Vaccination in the Punjab 1897-1904 - 1897-1904
Year: 1897
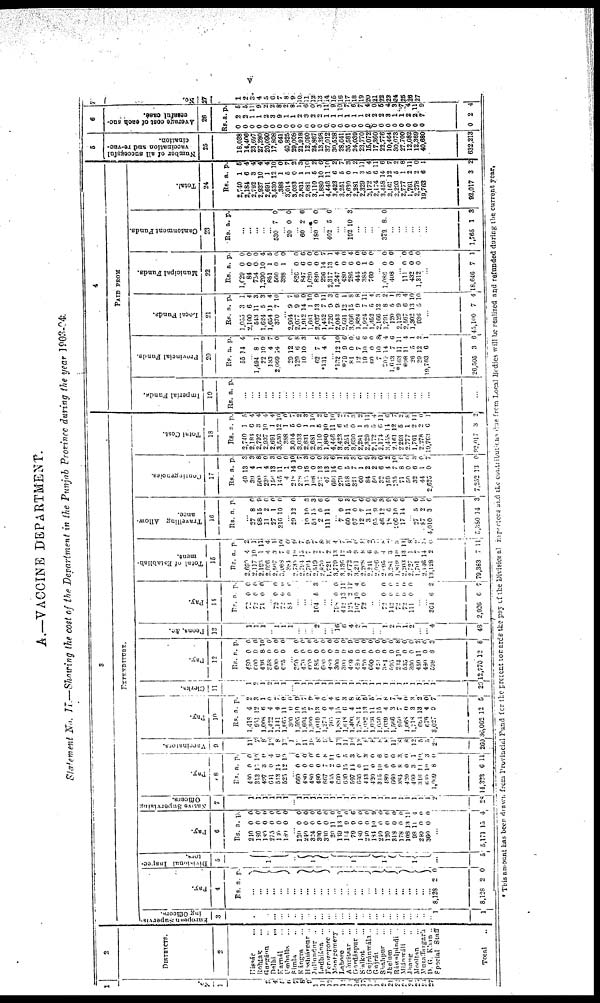
v
A.—VACCINE DEPARTMENT.
Statement No. II.—Showing the cost of the Department in the Punjab Province during the year 1903-04.
1
No.
1
1
2 3
4
5
6
7
8
9
10
11
12
13
14
15
16
17
18
19
20
21
22
23
24
25
26
27
2
DISTRICTS.
2
Hissár ...
Rohtak ...
Gurgáon ...
Delhi
...
Karnál ...
Umballa ...
Simla ...
Kángra ...
Hoshiarpur ...
Jullundur ...
Ludhiána
...
Ferozepore ...
Montgomery
Lahore ...
Amritsar ...
Gurdáspur ...
Sialkot ...
Gujránwála ...
Gujrát
Shahpur ...
Jhelum ...
Ráwalpindi ...
Miánwáli ...
Jhang ...
Mooltan ...
Muzaffargarh
D. G. Khan ...
Special
Staff
Total ...
3
EXPENDITURE.
European Supervis-
ing Officers.
3
...
...
...
...
...
...
...
...
...
...
...
...
...
...
...
...
...
...
...
...
...
...
...
...
...
...
... 1
1
Pay.
4
Rs. a. p.
...
...
...
... ... ...
...
...
...
...
...
...
... ... ...
...
...
...
...
...
...
... ...
...
...
...
...
8,128
8,128
2
2
0
0
Divisional Inspec¬
tons.
5
1
...
1
1
1
1
...
5
Pay.
6
Rs.
210
180
180
275
100
180
a.
0
0
0
0
0
0
p.
0
0
0
0
0
0
... 120
240
324
300
330
20
139
114
79
180
240
184
240
120
318
178
108
98
240
360
0
0
0
0
0
11
13
9
9
0
0
10
0
0
0
0
13
11
0
0
0
0
0
0
0
0
10
0
6
0
0
9
0
0
0
0
11
4
0
0
...
5,171 15 4
Native Supervising
Officers.
7
1
1
1
1
1
1
... 1
1
1
1
1
1
1
1
1
1
1
1
1
1
1
1
1
1
1
1 2
28
Pay.
8
Rs.
480
313
497
641
513
625
a.
0
12
3
0
14
12
p.
0
10
0
4
6
10
... 660
480
480
480
667
455
660
630
597
660
443
420
315
480
660
384
420
499
316
620
1,009
14,323
0
0
0
0
7
2
0
15
14
0
11
0
10
0
0
8
0
3
11
10
8
6
0
0
0
0
8
11 0
5
3
0
3
0
6
0
0
3
0
1
10
3
0
11
Vaccinators.
9
11
7
8
10
8
12
1
16
11
10
8
9
0
13
11
10 13
8
8
8
8
11
8
8
12
5 5
20
260
Pay.
10
Rs.
1,418
951
1,008
1,422
1,141
1,665
300
1,595
1,604
9,300
1,019
1,273
765
1,881
1,618
1,400
1,783
1,032
1,036
1,050
1,039
1,566
950
1,068
1,718
684
676
3,027
36,062
a.
4
12
6
4
4
11
0
10
15
7
13
0
1
15
6
4
11
13
11
15
4
3
7
0
3
13
4
9
12
p.
2
3
1
0
7
0
0
9
7
9
4
0
4
6 3
8
8
5
5
1
8
7
4
0
3
2
0
7
5
Clerks.
11
1
2
1
2
1
1
...
1
1
1
1
1
1
1
1
1
1 1
1
1
1
1
1
1
1
1
1
1
20
Pay.
12
Rs.
480
600
436
358
600
625
a.
0
0
8
0
0
0
p.
0
0
10
0
0
0
... 360
470
600
585
600
480
300
300
469
480
420
600
420
381
595
234
535
300
450
480
598
12,770
0
0
0
0
0
0
0
0
5
0
0
0
0
0
0
10
0
0
11
0
8
12
0
0
0
0
0
0
0
0
9
0
0
0
0
0
0
8
0
0
2
0
3
8
Peons, &c.
13
1
1
1
...
1
1
1
...
...
... 2
...
...
16
6
4
2
1
...
...
1
2
1
1
2
...
... 4
48
Pay.
14
Rs.
72
72
71
a.
0
0
0
p.
0
0
0
...
72
72
84
0
0
0
0
0
0
...
...
... 104 5 3
...
...
798
412
125
107
72
0
13
2
10
0
0
11
11
4
0
...
...
72
142
72 72
11
0
0
0
0
0
0
0
0
0
0
...
... 364
2,926
6
6
2
7
Total of Establish¬
ment.
15
Rs.
2,690
2,117
2,193
2,696
2,507
3,068
384
2,735
2,794
2,704
2,510
2,870
1,721
3,779
3,136
2,672
3,211
2,208
2,211
2,026
2,095
3,281
1,819
2,203
2,727
1,701
2,146
13,128
79,383
a.
4
10
1
4
3
7
0
10
15
7
2
7
2
13
12
5
9
8
6
9
4
3
10
13
1
7
14
9
7
p.
2
1
11
4
1
10
0
9
7
9
7
8
3 4
7
1
0
8
2
7
8
2 3
11
8
3
3 0
11
Travelling Allow-
ance.
16
Rs. a. p.
...
27
98
11
27
316
8
15
2
1
10
0
9
0
0
0
... 29 12 0
10
53
2
111
10
15
0
11
3
3
6
0
... 7
60
97
12
3
95
46
18
206
17
9
11
0
7
11
9
12
6
10
14
6
3
0
6
0
6
3
9
6
6
... 27
87
4,010
5,380
5
2
3
14
6
9
6
3
Contingencies.
17
Rs.
49
39
500
239
156
145
4
918
228
115
108
237
47
666
279
518
321
60
84
50
32
159
135
71
50
32
44
2,625
7.252
a.
13
4
1
4
13
11
1
14
0
15
0
13
13
14
0
5
7
1
2
2
6
4
7
8
0
6
1
0
13
p.
3
3
8
0
3
0
0
10
7
3
0
0
3
6
1
3
3
0 9
3
0
2
10
9
0
3
0
7
0
Total Cost.
18
Rs.
2,740
2,184
2,792
2,937
2,691
3,530
388
3,014
3,033
2,831
2,681
3,110
1,880
4,446
3,423
3,251
3,630
2,281
2,329
2,172
2,174
3,458
2,161
2,293
2,777
1,761
2,278
19,763
92,017
a.
1
6
3
10
1
12
1
5
0
1
1
5
10
11
6
5
0
1
3
5
6
14
12
5
1
2
2
6
3
p.
5
4
4
4
4
10
0
7
2
3
10
2
6
10
2
7
3
2
11
4
11
6
7
2
8
11
0
1
2
4
PAID FROM
Imperial Funds.
19
Rs. a. p.
...
...
...
...
...
...
...
...
...
...
...
...
...
...
...
...
...
...
...
...
...
...
...
...
...
...
...
...
...
Provincial Funds.
20
Rs.
55
a.
14
p.
4
... 1,494
22
185
2,069
8
10
4
14
1
9
7
0
29
129
10
12
6
10
0
8
3
... 62
*131
7
4
5
0
... 122
*79
81
12
19
60
7
204
1,633
*163
*98
26
29
19,763
26,505
12
9
0
7
10
0
10
14
7
11
11
5
12
6
3
10
0
0
6
6
0
8 4
6
11
4
1
2
1
6
Local Funds.
21
Rs.
1,055
2,100
543
1,624
1,654
370
a.
3
6
11
5
11
7
p.
1
4
3
3
4
10
... 2,964
2,077
1,912
1,661
2,037
1,452
1,726
2,043
2,091
3,066
1,824
1,924
1,352
2,166
1,701
120
2,129
2,567
1,302
936
9
9
14
1
13
7
9
9
12
15
0
7
5
12
8
5
9
6
13
5
7
6
0
10
9
11
3
0
1
8
8
11
4
3
2
1
3
4
10
10
...
45,100 7 4
Municipal Funds.
22
Rs.
1,029
84
754
1,290
851
560
388
a.
0
0
0
10
1
0
1
p.
0
0
0
4
5
0
0
... 826
847
1,020
830
296
2,317
1,247
480
286
444
385
760
0
6
0
0
14
13
0
0
6
0
1
0
0
6
0
0
7
1
4
0
4
0
6
0
... 1,086
408
0
0
0
0
... 111
432
1,312
0
0
0
0
0
0
...
18,646 7 1
Cantonment Funds.
23
Rs. a. p.
...
...
...
...
... 530 7 0
... 20 0 0
... 60 9 6
... 180 0 0
... 402 5 6
...
... 192 10 3
...
...
...
... 379 8 0
...
...
...
...
...
...
1,765 1 3
Total.
24
Rs.
2,740
2,184
2,792
2,937
2,691
3,530
3388
3,014
3,033
2,831
2,681
3,110
1,880
4,446
3,423
3,251
3,630
2,281
2,329
2,172
2,174
3,458
2,161
2,203
2,777
1,761
2,278
19,763
92,017
a.
1
6
3
10
1
12
1
5
0
1
1
5
10
11
6
5
0
1
3
5
6
14
12
5
1
2
2
6
3
p.
5
4
4
4
4
10
0
7
2
3
10
2
6
10
2
7
3
2
11
4
11
6
7
2
8
11
0
1
2
5
Number of all successful
vaccination and re-vac¬
cination.
25
18,038
14,406
23,697
27,280
20,090
17,808
641
40,825
29,008
21,918
12,090
24,867
13,398
37,012
30,528
28,641
35,581
24,039
23,770
15,072
17,360
22,776
10,464
30,073
27,700
12,082
12,369
40,680
632,213
6
Average cost of each sac¬
cessful case.
26
Rs
0
0
0
0
0
0
0
0
0
0 0
0
0
0
0
0
0
0
0
0
0
0
0
0
0
0
0
0
0
a.
2
2 1
1
2 3
9
1
1
2 3
2
2 1
1
1
1
1
1
2
2
2
3
1
1
2
2
7
2
p.
5
5
11
9
2
2
8
2
8
1
6
0
3
11
9
10
7
6
7
4
0
5
4
3
7
4
11
9
4
7
No.
27
1
2
3
4
5
6
7
8
9
10
11
12
13
14
15
16
17
18
19
20
21
22
23
24
25
26
27
* This amount has been drawn from Provincial Fund for the present towards the pay of the Divisional Inspectors and the contributions due from Local Bodies will be realized and refunded during the current year.